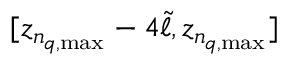
[ z _ { n _ { q , \mathrm { m a x } } } - 4 \tilde { \ell } , z _ { n _ { q , \mathrm { m a x } } } ]